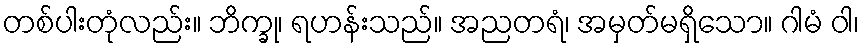
တစ်ပါးတုံလည်း။ ဘိက္ခု၊ ရဟန်းသည်။ အညတရံ၊ အမှတ်မရှိသော။ ဂါမံ ဝါ၊